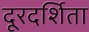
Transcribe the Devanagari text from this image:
दूरदर्शिता